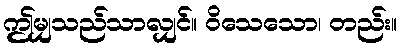
ဤမျှသည်သာလျှင်။ ဝိသေသော၊ တည်း။